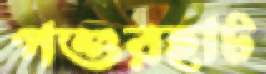
পশুরহাট